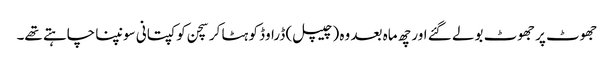
جھوٹ پر جھوٹ بولے گئے اور چھ ماہ بعد وہ (چیپل) ڈراوڈ کو ہٹا کر سچن کو کپتانی سونپنا چاہتے تھے۔